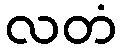
လတံ